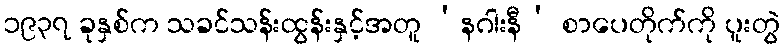
၁၉၃၇ ခုနှစ်က သခင်သန်းထွန်းနှင့်အတူ ‘နဂါးနီ’ စာပေတိုက်ကို ပူးတွဲ